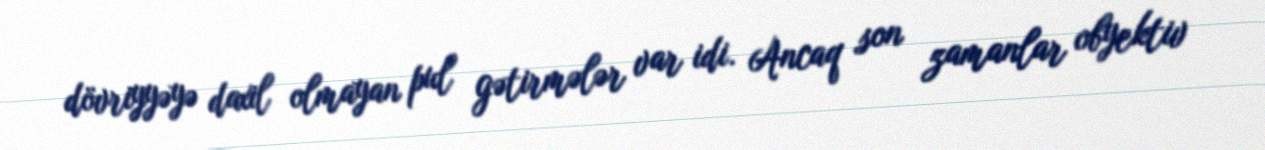
dövriyyəyə daxil olmayan pul gətirmələr var idi. Ancaq son zamanlar obyektiv